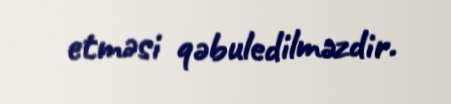
etməsi qəbuledilməzdir.